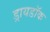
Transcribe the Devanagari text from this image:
ड्रायडॉक